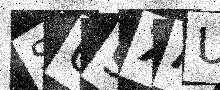
Text: SU9XAU